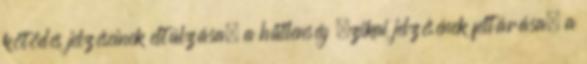
kötődés jelzéseinek eltúlzása, a hűtlenség ﬁzikai jelzésének feltárása, a